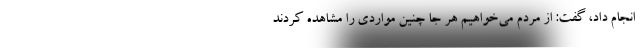
انجام داد، گفت: از مردم می‌خواهیم هر جا چنین مواردی را مشاهده کردند